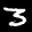
Label: 3